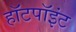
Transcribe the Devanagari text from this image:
हॉटपॉइंट